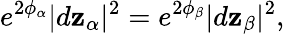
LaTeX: e^{2\phi_{\alpha}}|d\mathbf{z}_{\alpha}|^{2}=e^{2\phi_{\beta}}|d\mathbf{z}_{\beta}|^{2},